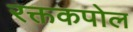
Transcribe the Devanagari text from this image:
रक्तकपोल